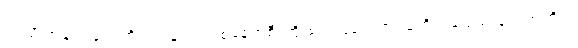
ဤသို့ အချင်းချင်းတိုက်တွန်း၍ တစ်နေရာစီ ကြိုးစားကြလေရာ သူတို့ ရည်ရွယ် ချက်အတိုင်း